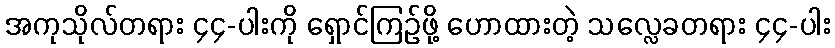
အကုသိုလ်တရား ၄၄-ပါးကို ရှောင်ကြဉ်ဖို့ ဟောထားတဲ့ သလ္လေခတရား ၄၄-ပါး